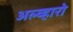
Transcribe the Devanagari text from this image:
अल्व्हारो